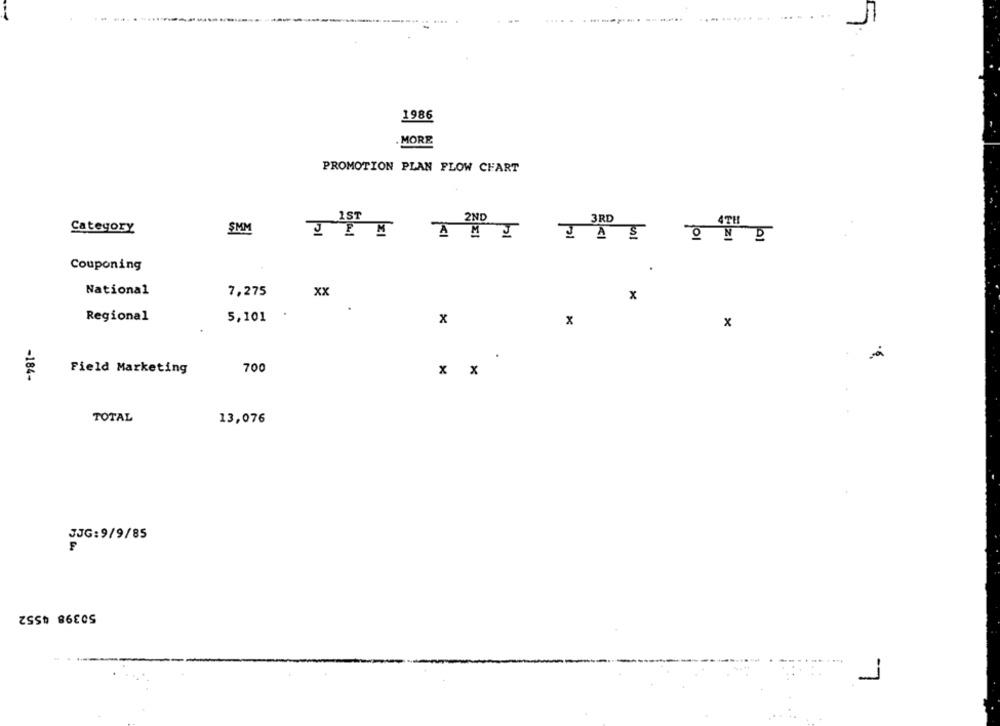
1986
MORE
PROMOTION PLAN FLOW CHART
3RD
1ST
2ND
4TH
Category
5MM
JAS
01
Couponing
.
National
7,275
XX
x
Regional
5,101
x
x
Field Marketing
700
-184-
x x
TOTAL
13,076
JJG:9/9/85
50398 4552
1